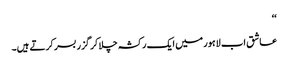
‘‘
عاشق اب لاہور میں ایک رکشہ چلا کر گزر بسر کرتے ہیں۔